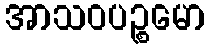
အာသဝပဉ္စမော